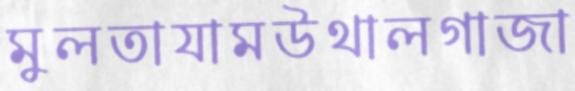
মুলতাযামউথালগাজা